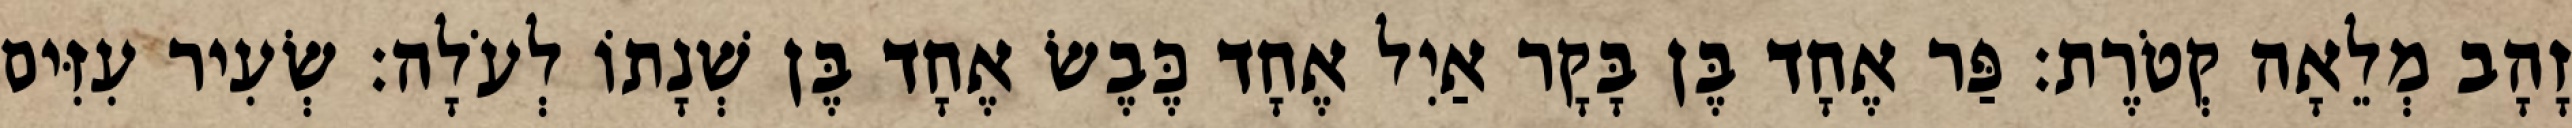
זָהָב מְלֵאָה קְטֹרֶת׃ פַּר אֶחָד בֶּן בָּקָר אַיִל אֶחָד כֶּבֶשׂ אֶחָד בֶּן שְׁנָתוֹ לְעֹלָה׃ שְׂעִיר עִזִּים